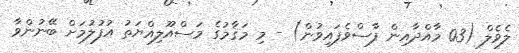
ލެވެލް (03 މާއްދާއިން ފާސްވެފައިވުން) - މި މަޤާމުގެ މަސްއޫލިއްޔަތު އުފުލުމަށް ބޭނުންވާ